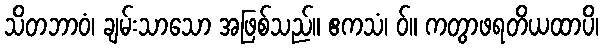
သိတဘာဝံ၊ ချမ်းသာသော အဖြစ်သည်။ ဧကသံ၊ ဝ်။ ကတွာဖရတိယထာပိ၊